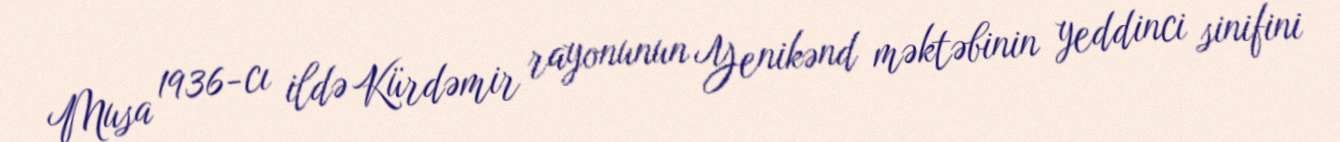
Musa 1936-cı ildə Kürdəmir rayonunun Yenikənd məktəbinin yeddinci sinifini